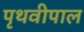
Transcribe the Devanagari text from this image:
पृथवीपाल